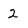
Character: 2